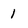
Character: 1